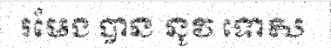
រមែង បាន នូវ ទោស